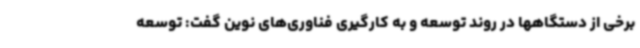
برخی از دستگاهها در روند توسعه و به کارگیری فناوری‌های نوین گفت: توسعه